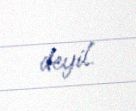
deyil.